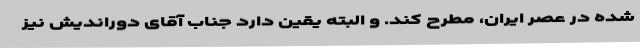
شده در عصر ایران، مطرح کند. و البته یقین دارد جناب آقای دوراندیش نیز